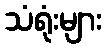
သံရုံးများ